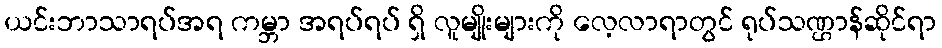
ယင်းဘာသာရပ်အရ ကမ္ဘာ အရပ်ရပ် ရှိ လူမျိုးများကို လေ့လာရာတွင် ရုပ်သဏ္ဌာန်ဆိုင်ရာ